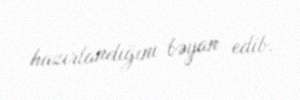
hazırlandığını bəyan edib.